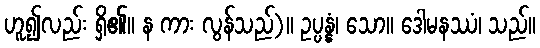
ဟူ၍လည်း ရှိ၏။ န ကား လွန်သည်)။ ဥပ္ပန္နံ၊ သော။ ဒေါမနဿံ၊ သည်။